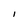
Character: I